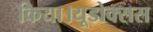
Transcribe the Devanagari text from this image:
किया।यूडोक्‍सस